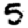
Digit: 5